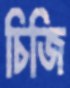
চিজি